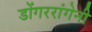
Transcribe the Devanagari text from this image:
डोंगररांगेनी